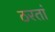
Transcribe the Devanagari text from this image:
ठरतां